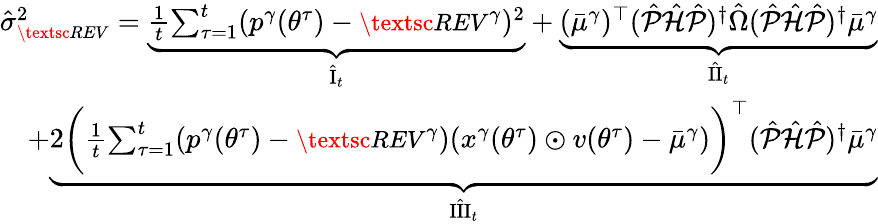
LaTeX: \begin{array}{r}{\hat{\sigma}_{\small\textsc{{REV}}}^{2}=\underbrace{\frac 1t{\sum_{\tau=1}^{t}}({p^{\gamma}}({\theta^{\tau}})-{\small\textsc{{REV}}}^{\gamma})^{2}}_{\hat{\mathrm{{I}}}_{t}}+\underbrace{({\bar{\mu}^{\gamma}})^{\top}(\hat{\mathcal{P}}\hat{\mathcal{H}}\hat{\mathcal{P}})^{\dagger}\hat{\Omega}(\hat{\mathcal{P}}\hat{\mathcal{H}}\hat{\mathcal{P}})^{\dagger}{\bar{\mu}^{\gamma}}}_{\hat{\mathrm{{II}}}_{t}}}\\ {+\underbrace{2\bigg(\frac 1t{\sum_{\tau=1}^{t}}({p^{\gamma}}({\theta^{\tau}})-{\small\textsc{{REV}}}^{\gamma})(x^{\gamma}({\theta^{\tau}})\odot v({\theta^{\tau}})-{\bar{\mu}^{\gamma}})\bigg)^{\top}(\hat{\mathcal{P}}\hat{\mathcal{H}}\hat{\mathcal{P}})^{\dagger}{\bar{\mu}^{\gamma}}}_{\hat{\mathrm{{III}}}_{t}}}\end{array}